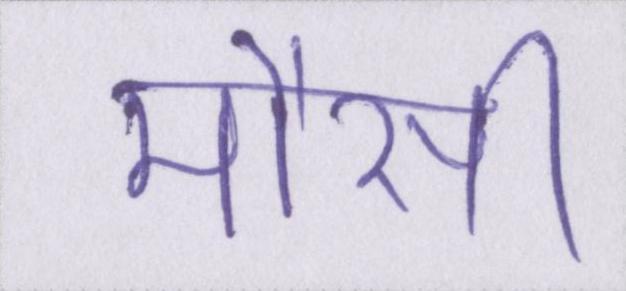
मौसी